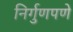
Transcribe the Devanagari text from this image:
निर्गुणपणे